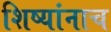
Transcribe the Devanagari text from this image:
शिष्यांनाच